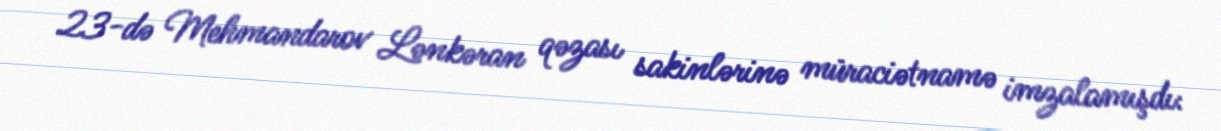
23-də Mehmandarov Lənkəran qəzası sakinlərinə müraciətnamə imzalamışdı: